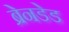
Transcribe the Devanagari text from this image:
ब्रेनडेड